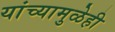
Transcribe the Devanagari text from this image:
यांच्यामुळेही